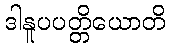
ဒါနူပပတ္တိယောတိ